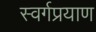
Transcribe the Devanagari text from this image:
स्वर्गप्रयाण